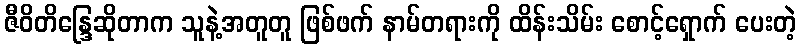
ဇီဝိတိန္ဒြေဆိုတာက သူနဲ့အတူတူ ဖြစ်ဖက် နာမ်တရားကို ထိန်းသိမ်း စောင့်ရှောက် ပေးတဲ့